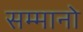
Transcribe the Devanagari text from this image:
सम्मानो